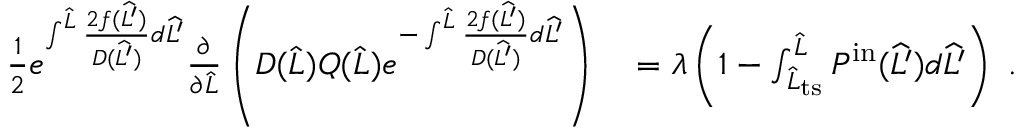
\begin{array} { r l } { \frac { 1 } { 2 } e ^ { \int ^ { \widehat { L } } \frac { 2 f ( \widehat { L ^ { \prime } } ) } { D ( \widehat { L ^ { \prime } } ) } d \widehat { L ^ { \prime } } } \frac { \partial } { \partial \widehat { L } } \left( D ( \widehat { L } ) Q ( \widehat { L } ) e ^ { - \int ^ { \widehat { L } } \frac { 2 f ( \widehat { L ^ { \prime } } ) } { D ( \widehat { L ^ { \prime } } ) } d \widehat { L ^ { \prime } } } \right) } & { { } = \lambda \left( 1 - \int _ { \widehat { L } _ { \mathrm { t s } } } ^ { \widehat { L } } P ^ { \mathrm { i n } } ( \widehat { L ^ { \prime } } ) d \widehat { L ^ { \prime } } \right) \ . } \end{array}